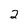
Character: 2